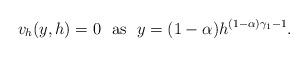
LaTeX: \begin{align*} v_h(y,h) = 0 ~~\mathrm{as}~~ y = (1-\alpha)h^{(1-\alpha)\gamma_1-1}.\end{align*}